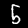
Label: 5